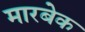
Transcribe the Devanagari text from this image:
मारबेक